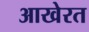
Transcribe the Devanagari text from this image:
आखेरत